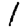
Digit: 1